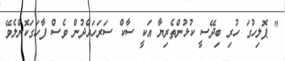
" ޕޮލިހުގަ ހުރި ބިދޭސީ ކުޅުންތެރިޔާ އަކީ ސާކް ސަރަހައްދުން ވެސް ފާހަގަކޮށްލެވޭ